Leaving Certificate Examination, 1923
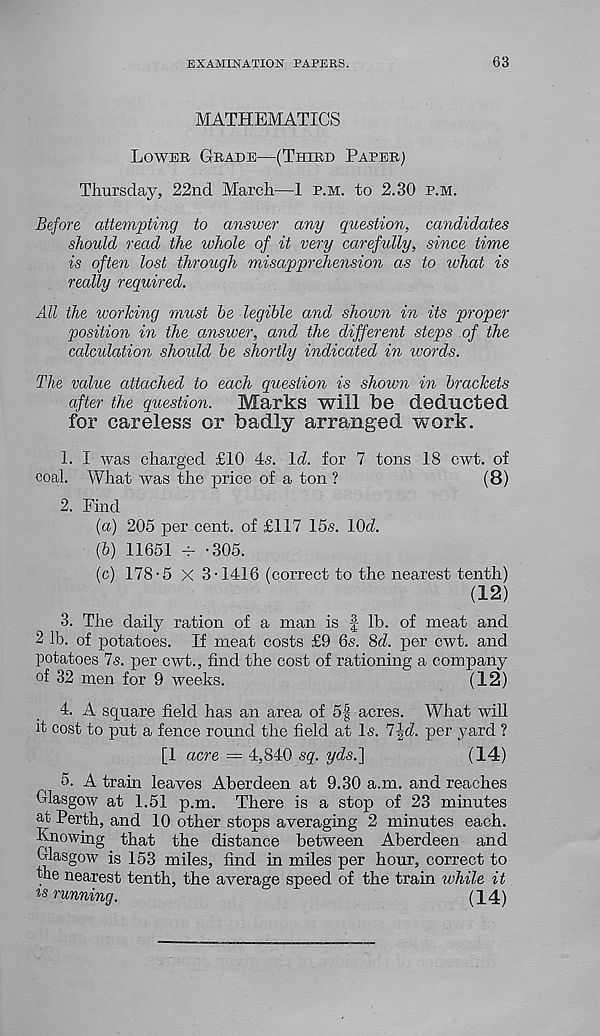
EXAMINATION PAPERS.
63
MATHEMATICS
Lower Grade—(Third Paper)
Thursday, 22nd March—1 p.m. to 2.30 p.m.
Before attempting to answer any question, candidates
should read the whole of it very carefully, since time
is often lost through misapprehension as to what is
really required.
All the working must he legible and shown in its proper
position in the answer, and the different steps of the
calculation should he shortly indicated in words.
The value attached to each question is shown in brackets
after the Question.
Marks will be deducted
for careless or badly arranged work.
1. I was charged £10 4s. Id. for 7 tons 18 cwt. of
coal. What was the price of a ton ?
(8)
2. Find
(а) 205 per cent, of £117 15s. lOd.
(б) 11651 ~ -305.
(c) 178-5 X 3-1416 (correct to the nearest tenth)
(12)
3. The daily ration of a man is | lb. of meat and
2 lb. of potatoes. If meat costs £9 6s. 8d. per cwt. and
potatoes 7s. per cwt., find the cost of rationing a company
of 32 men for 9 weeks.
(12)
4. A square field has an area of 5| acres. What will
it cost to put a fence round the field at Is. 7jd. per yard ?
[1 acre = 4,840 sq. yds.']
(14)
5. A train leaves Aberdeen at 9.30 a.m. and reaches
Glasgow at 1.51 p.m. There is a stop of 23 minutes
at Perth, and 10 other stops averaging 2 minutes each.
Knowing that the distance between Aberdeen and
Glasgow is 153 miles, find in miles per hour, correct to
fhe nearest tenth, the average speed of the train while it
w running.
(14)